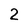
Character: 2